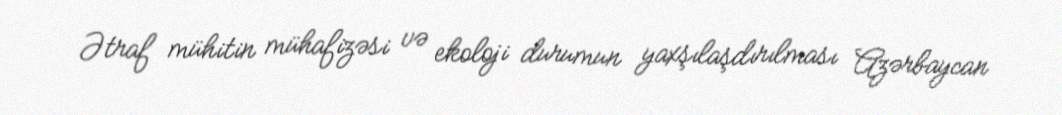
Ətraf mühitin mühafizəsi və ekoloji durumun yaxşılaşdırılması Azərbaycan